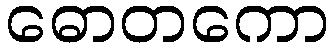
ဓောတကော